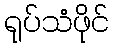
ရုပ်သံဖိုင်